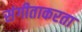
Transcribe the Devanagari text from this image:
संगीताकरता